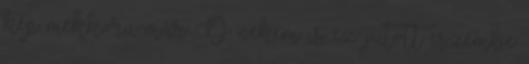
kép mekkora már :D nekem is ez jutott eszembe